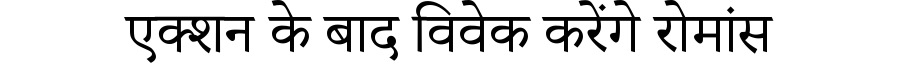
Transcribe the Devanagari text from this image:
एक्शन के बाद विवेक करेंगे रोमांस